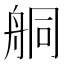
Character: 𦨴